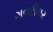
ગવરીપર